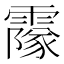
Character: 𩅥